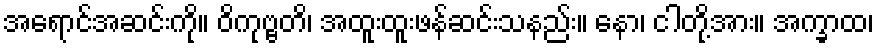
အရောင်အဆင်းကို။ ဝိကုဗ္ဗတိ၊ အထူးထူးဖန်ဆင်းသနည်း။ နော၊ ငါတို့အား။ အက္ခာထ၊